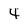
Character: 4